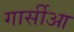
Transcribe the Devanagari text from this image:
गार्सीआ